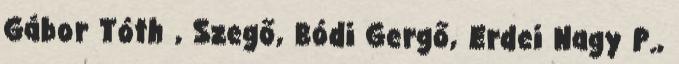
Gábor Tóth , Szegő, Bódi Gergő, Erdei Nagy P.,